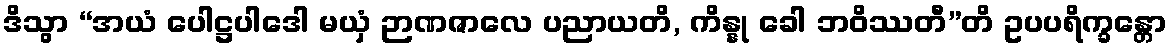
ဒိသွာ “အယံ ပေါဋ္ဌပါဒေါ မယှံ ဉာဏဇာလေ ပညာယတိ, ကိန္နု ခေါ ဘဝိဿတီ”တိ ဥပပရိက္ခန္တော